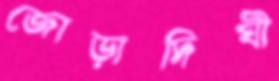
জোড়াদিঘী